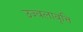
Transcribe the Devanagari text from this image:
उज्वलावृत्ति